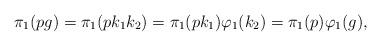
LaTeX: \begin{align*}\pi_1(pg)=\pi_1(pk_1k_2)=\pi_1(pk_1)\varphi_1(k_2)=\pi_1(p)\varphi_1(g),\end{align*}